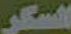
السكر